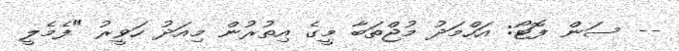
-- ސަން ފޮޓޯ: އަހްމަދު މުޖްތަބާ މީގެ އިތުރުން މިއަދު ހަވީރު "ފެމެލީ